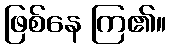
ဖြစ်နေ ကြ၏။